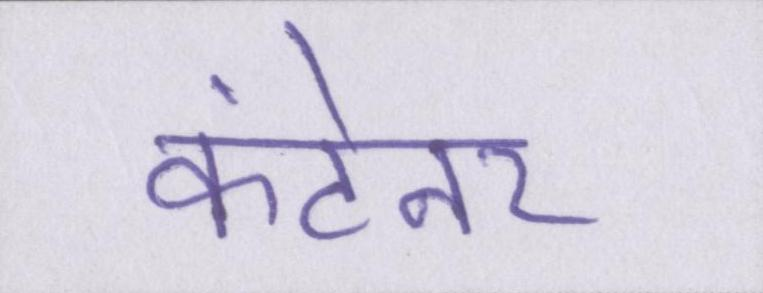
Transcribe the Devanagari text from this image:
कंटेनर